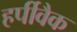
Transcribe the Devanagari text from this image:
हर्पीवैक